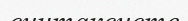
синтаксисте